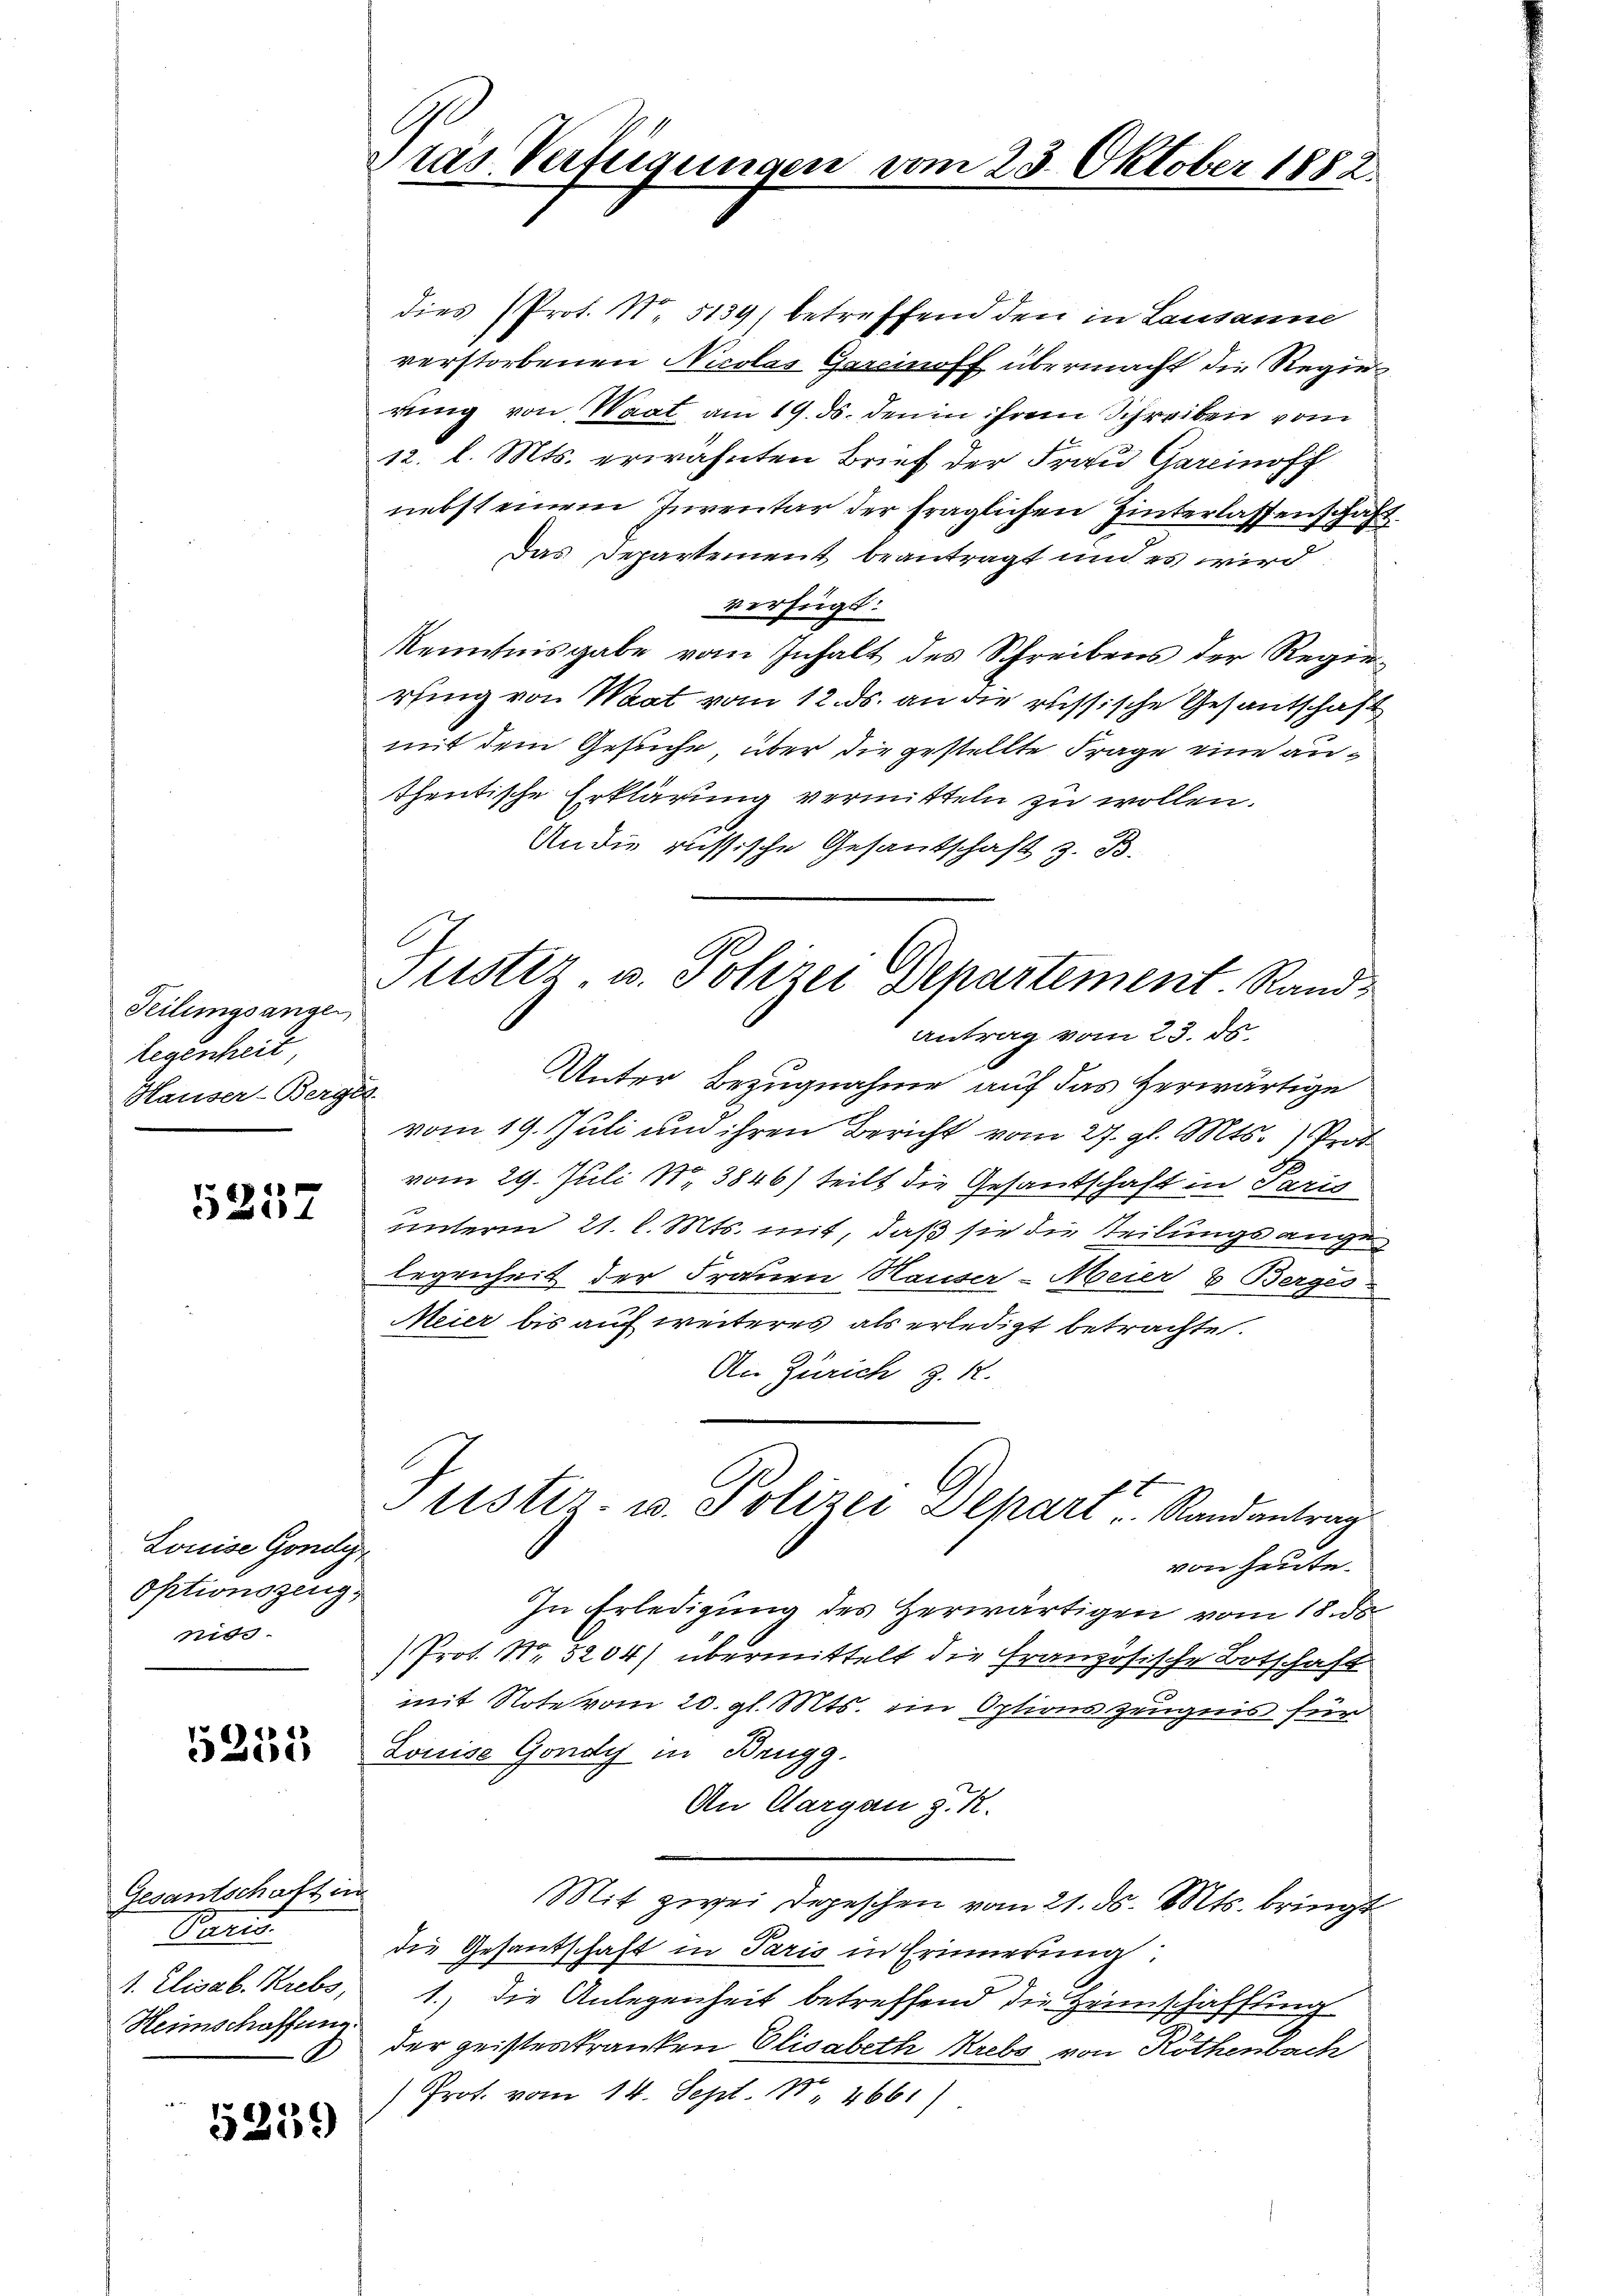
Teilungsangen
legenheit
Hauser-Berges.

5257

Louise Gondy
Optionszeug,
niss

5253

Gesantschaft in
Paris
1. Elisab. Krebs,
Heimschaffung

5259

C
Dras Vertigungen vom 23. Oktober 1882.

dies Prot. No. 5139) betreffend den in Lausanne
verstorbenen Nicolas Garcinoff übermacht die Regierung von Waat am 19. ds. den in ihrem Schreiben vom
12. l. Mts. erwähnten Brief der Frau Garcinoff
nebst einem Inventar der fraglichen Hinterlassenschaft
Das Departement beantragt und es wird
verfügt:
Kenntnisgabe vom Inhalt des Schreibens der Regie-
rfing von Waat vom 12. ds. an die russische Gesantschaft
mit dem Gesuche, über die gestellte Frage eine anthentische Erklärung vermitteln zu wollen.
An die russische Gesandschaft z. B.
Unter Bezugnahme auf das herwärtige
vom 19. Juli und ihren Bericht vom 27. gl. Mts. Prot
vom 29. Juli Nr 3846) teilt die Gesandschaft in Paris
unterm 21. l. Mts. mit, daß sie die Teilungsange
legenheit der Frauen Hauser-Meier & Berges
Meier bis auf weiteres als erledigt betrachte.
An Zürich z. R.
tistiz- u. Polizei Depart, Randantrag
von heute.
In Erledigung des Herwärtigen vom 18. ds
Prot. Nr. 5204) übermittelt die Französische Botschaft
mit Note vom 20. gl. Mts. ein Optionszeugnis für
Louise Gonay in Brugg.
An Aargau z. R.
Mit zwei Depeschen vom 21. ds. Mts. bringt
die Gesantschaft in Paris in Erinnerung
1.) Die Anlegenheit betreffend die Heimschaffung
der geisterkranken Elisabeth Krebs von Rothenbach
Prof. vom 14. Sept. 14661)

Justiz u. Polizei Departement. Rand-
Antrag vom 23. ds.